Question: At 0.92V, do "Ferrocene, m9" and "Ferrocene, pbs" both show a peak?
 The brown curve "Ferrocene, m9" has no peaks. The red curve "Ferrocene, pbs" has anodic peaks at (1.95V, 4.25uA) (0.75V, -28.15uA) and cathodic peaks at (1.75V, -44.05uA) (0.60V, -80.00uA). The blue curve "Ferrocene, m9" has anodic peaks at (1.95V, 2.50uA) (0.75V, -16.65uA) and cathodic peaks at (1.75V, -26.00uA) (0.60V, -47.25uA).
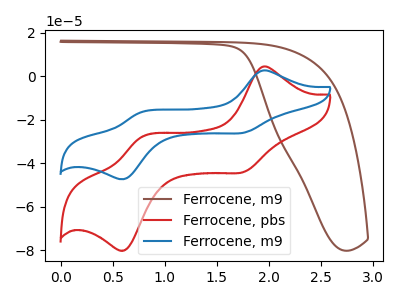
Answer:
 <answer>No, "Ferrocene, m9" and "Ferrocene, pbs" dont share a peak at 0.92V.</answer>
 <eval>mismatch</eval>